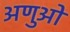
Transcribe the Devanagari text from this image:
अणुआें